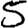
Digit: 5